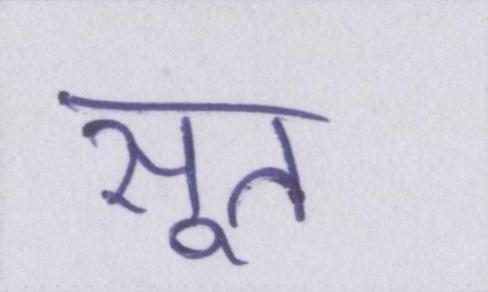
सूत